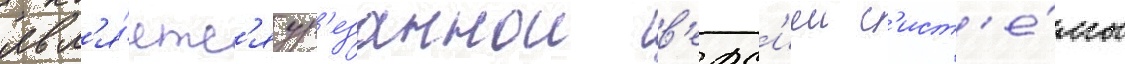
явл'я́етс'я ур'езаннои в'ерс'иеи с'ист'е́мы